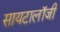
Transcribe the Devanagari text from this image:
सायटालॉजी